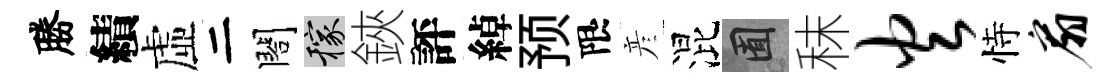
勝績虛二閤稼鋏評綽预限彦混囿秣火恃扇